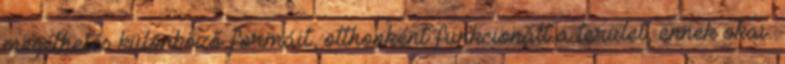
megélhetés különböző formáit, otthonként funkcionált a terület, ennek okai: